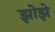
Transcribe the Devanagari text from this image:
झोझे